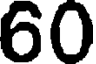
60